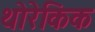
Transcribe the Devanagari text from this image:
थोरेकिक